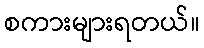
စကားများရတယ်။